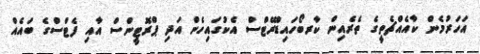
އަހަރުމެން ކާއެއްޗެތީގެ ތެރެއިން ކާރބޯހައިޑްރޭޓްސް އެކުގައިހެން އަދި ޕްރޮޓީންސް އާއި ފެޓްސްގެ ބައެއް